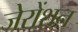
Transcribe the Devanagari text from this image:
जेरोंशन